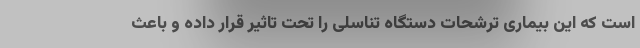
است که این بیماری ترشحات دستگاه تناسلی را تحت تاثیر قرار داده و باعث